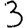
Digit: 3